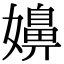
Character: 嬶